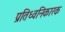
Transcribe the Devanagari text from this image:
प्रतिध्वनिकारक